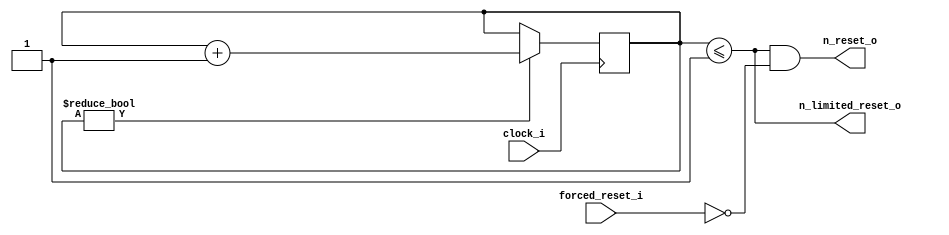
module global_reset(
	input clock_i,
	input forced_reset_i,		
	output n_reset_o,				
	output n_limited_reset_o	
	);
	reg [7:0] reset_counter = 1;
	assign n_reset_o 				= (reset_counter <= 1) & !forced_reset_i;	
	assign n_limited_reset_o 	= (reset_counter <= 1);	
	always @(negedge clock_i)
		if( reset_counter != 0 )
			reset_counter <= reset_counter + 1'd1;
endmodule